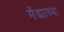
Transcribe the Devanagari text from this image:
मेंढ्याच्या